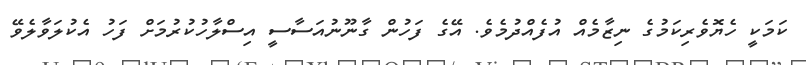
ކަމަކީ ހެޔޮވެރިކަމުގެ ނިޒާމެއް އުފެއްދުމެވެ. އޭގެ ފަހުން ގާނޫނުއަސާސީ އިސްލާހުކުރުމަށް ފަހު އެކުލަވާލެވޭ